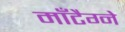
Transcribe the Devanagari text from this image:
माँटैग्ने